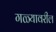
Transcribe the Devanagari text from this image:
गळ्यावरील